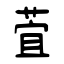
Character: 萓